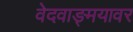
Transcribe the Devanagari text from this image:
वेदवाङ्मयावर